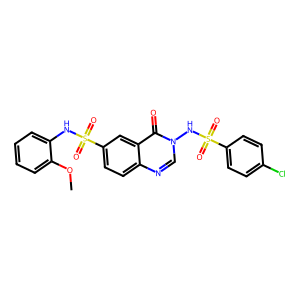
SMILES: COc1ccccc1NS(=O)(=O)c1ccc2ncn(NS(=O)(=O)c3ccc(Cl)cc3)c(=O)c2c1
Inhibits HIV replication: No